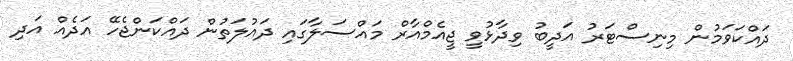
ދައްކަވަމުން މިނިސްޓަރު އަދީބު ވިދާޅުވީ ޖީއެމްއާރް މައްސަލާގައި ދައުލަތުން ދައްކަންޖެހޭ އަދެއް އަދި